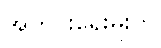
အတွင်းရေးမှူးက